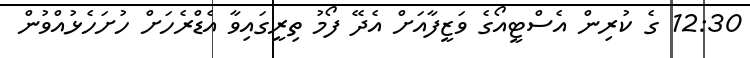
12:30 ގެ ކުރިން އެސްޓީއޯގެ ވަޒީފާއަށް އެދޭ ފޯމު ތިރީގައިވާ އެޑްރެހަށް ހުށަހެޅުއްވުން